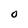
Character: O